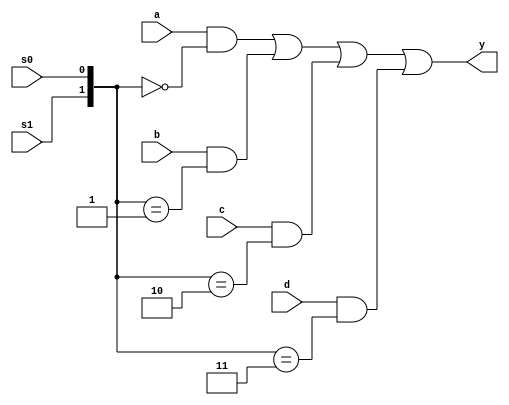
//
//
module MUX41a_v1(a,b,c,d,s1,s0,y);
	input a,b,c,d,s1,s0;
	output y;
	//2SELwire
	wire [1:0] SEL;
	//
	wire AT,BT,CT,DT;
	//assign
	//assign
	//s1,s0SEL[1]=s1SEL[0]=s0
	assign SEL = {s1,s0};
	assign AT =(SEL==2'D0); //D 
	assign BT =(SEL==2'D1);
	assign CT =(SEL==2'D2);
	assign DT =(SEL==2'D3);
	//4
	assign y =(a & AT)|(b & BT)|(c & CT)|(d & DT);
endmodule